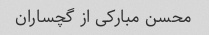
محسن مبارکی از گچساران